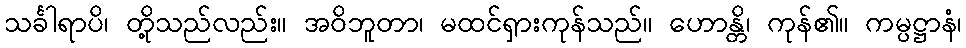
သင်္ခါရာပိ၊ တို့သည်လည်း။ အဝိဘူတာ၊ မထင်ရှားကုန်သည်။ ဟောန္တိ၊ ကုန်၏။ ကမ္ပဋ္ဌာနံ၊